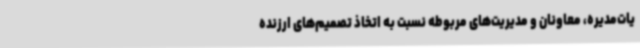
یات‌مدیره، معاونان و مدیریت‌های مربوطه نسبت به اتخاذ تصمیم‌های ارزنده